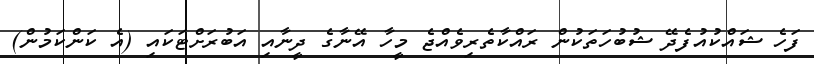
ފަހެ ޝައްކުއުފެދޭ ޝުބުހަތަކުން ރައްކާތެރިވެއްޖެ މީހާ އޭނާގެ ދީނާއި އަބުރަށްޓަކައި (އެ ކަންކަމުން)